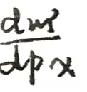
\(\frac{d w^{2}}{d p x}\)